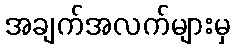
အချက်အလက်များမှ